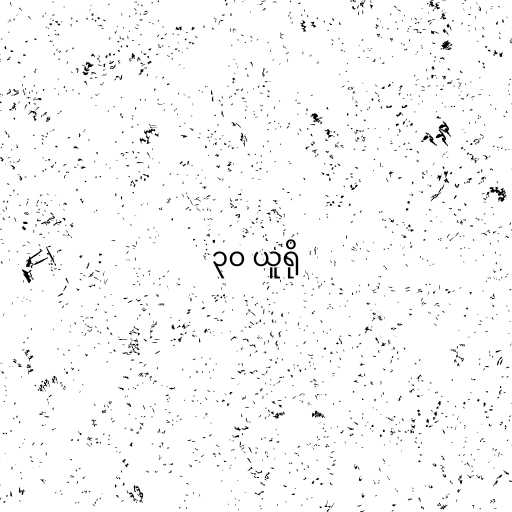
၃၀ ယူရို